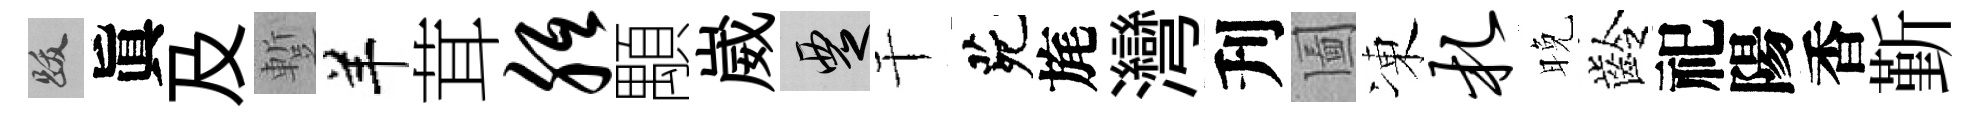
跋眞及蹔羊茸胝顒崴覂干茕旄灣刋圗凍札晚齡祀陽香斳